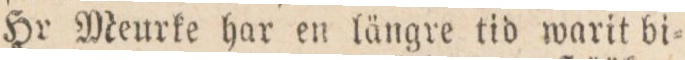
Hr Meurke har en längre tid warit bi=